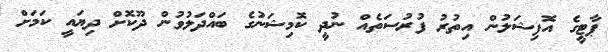
ޕާޓީގެ އޮފިޝަލުން އިތުރު ފުރުސަތެއް ނުދީ ކޮމިޝަނުގެ ބައްދަލުވުން ދޫކޮށް ދިޔައީ ކަމަށް